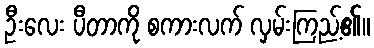
ဦးလေး ပီတာကို စကားလက် လှမ်းကြည့်၏။